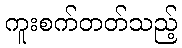
ကူးစက်တတ်သည့်